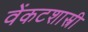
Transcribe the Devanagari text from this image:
वेंकटशास्त्री